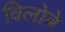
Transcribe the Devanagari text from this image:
विलोबे